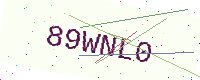
Text: 89WNL0